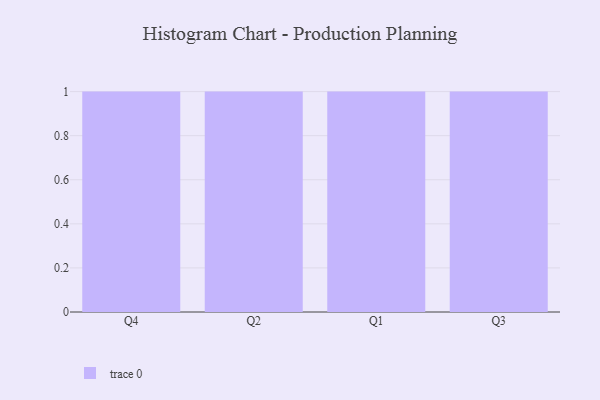
{"axis": {"x": "Quarter", "y": "Bounce Rate (%)"}, "legend": [""], "data": [{"x": "Q4", "y": 12, "type": ""}, {"x": "Q2", "y": 88, "type": ""}, {"x": "Q1", "y": 32, "type": ""}, {"x": "Q3", "y": 92, "type": ""}]}